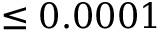
\leq 0 . 0 0 0 1